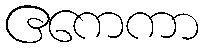
ဧကေကာ